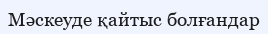
Мәскеуде қайтыс болғандар